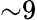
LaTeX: {\sim}9